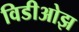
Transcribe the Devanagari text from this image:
विडीओझ